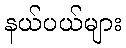
နယ်ပယ်များ